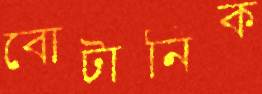
বোটানিক